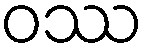
ဝဿ